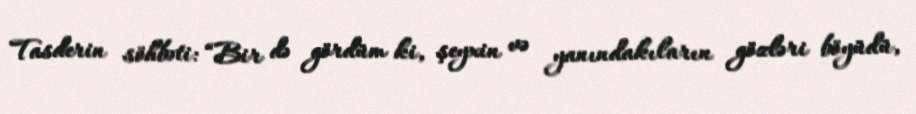
Tasderin söhbəti: “Bir də gördüm ki, şeyxin və yanındakıların gözləri böyüdü,